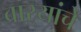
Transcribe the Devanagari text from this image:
वाऱ्यांचे